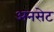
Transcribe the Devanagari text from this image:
अनसेट